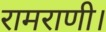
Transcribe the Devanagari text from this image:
रामराणी।